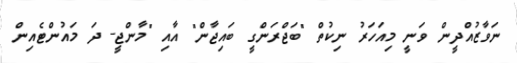
ނަވާޒުއްދީން ވަނީ މިއަހަރު ނިކުތް "ބަޖްރަންގީ ބައިޖާން" އާއި "މާންޖީ- ދަ މައުންޓެއިން